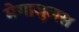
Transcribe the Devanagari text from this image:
मेगाजुलस